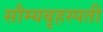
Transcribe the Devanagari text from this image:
सौम्यबृहस्पती